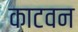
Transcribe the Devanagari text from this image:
काटवन